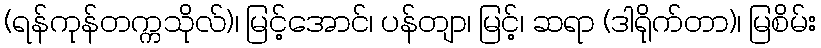
(ရန်ကုန်တက္ကသိုလ်)၊ မြင့်အောင်၊ ပန်တျာ၊ မြင့်၊ ဆရာ (ဒါရိုက်တာ)၊ မြစိမ်း